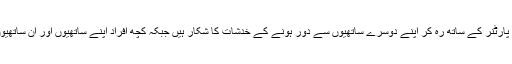
اسا کی طرح کچھ افراد اپنے 'ترجیحی' پارٹنر کے ساتھ رہ کر اپنے دوسرے ساتھیوں سے دور ہونے کے خدشات کا شکار ہیں جبکہ کچھ افراد اپنے ساتھیوں اور ان ساتھیوں کے ساتھیوں کے ساتھ رہ رہے ہیں۔